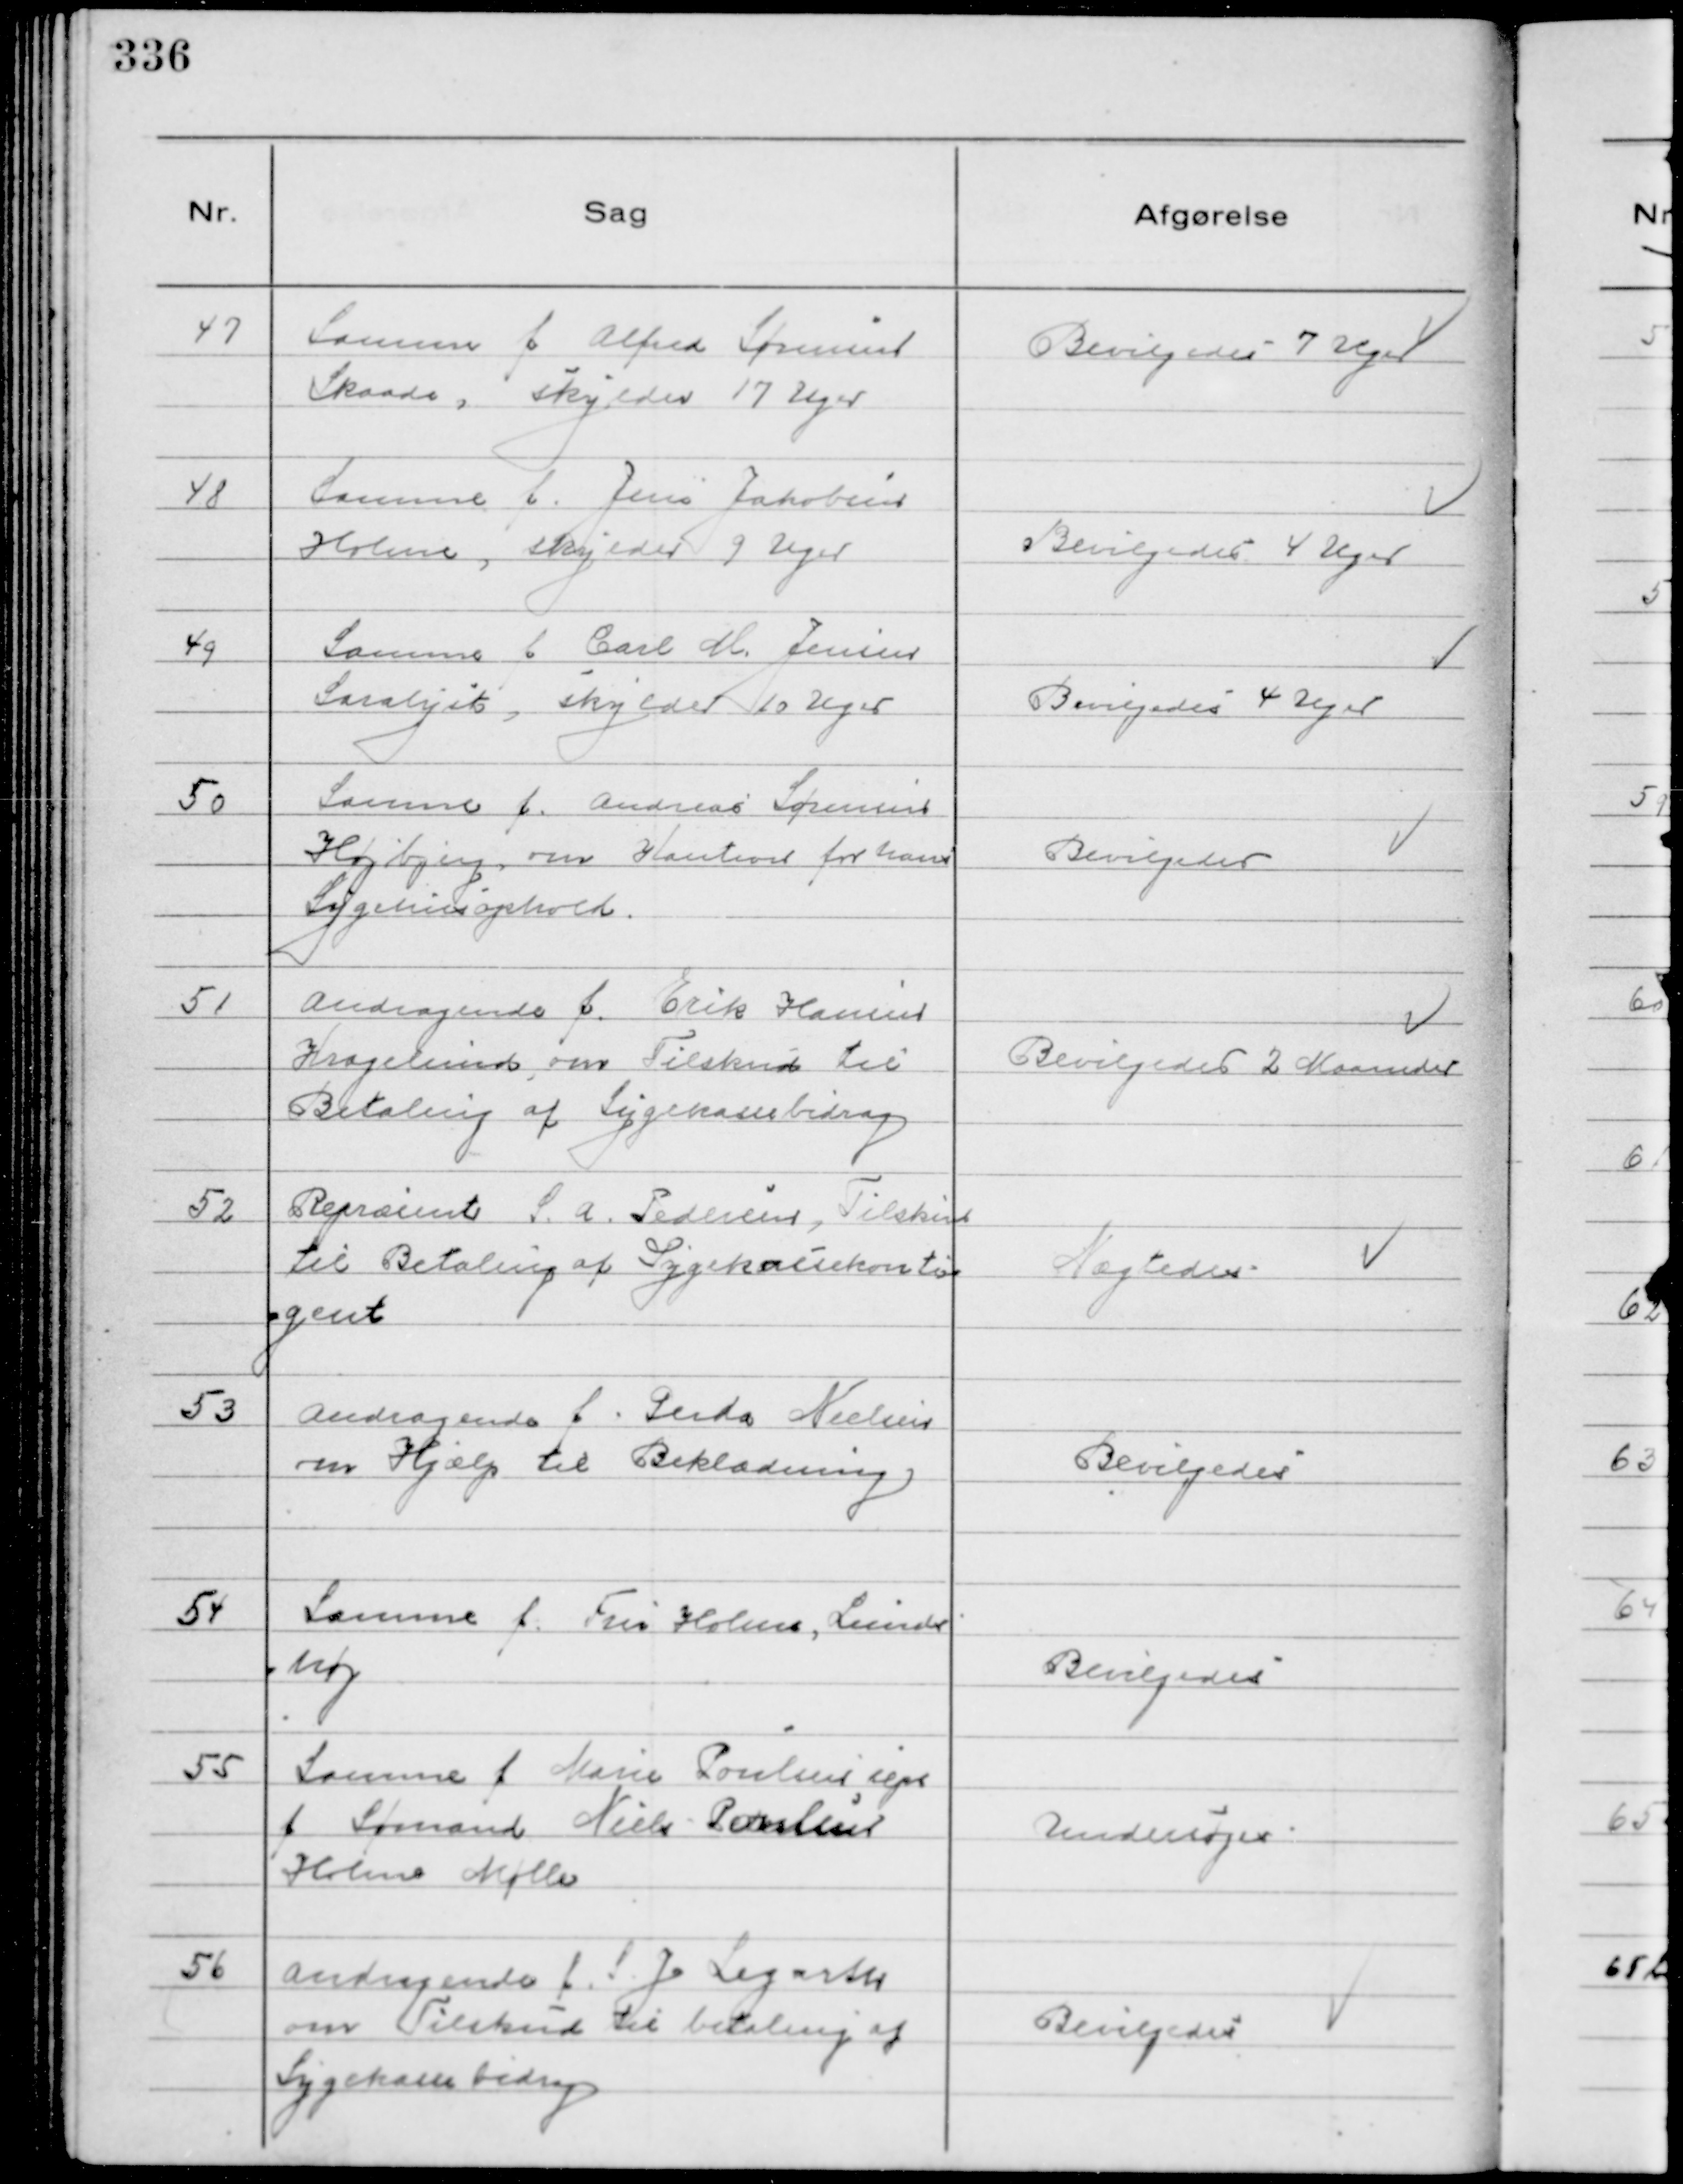
Transskription:
47
Samme f Alfred Sørensen
Skaade, skylder 17 Uger

Bevilgedes 7 Uger

48
Samme f. Jens Jakobsen
Holme, skylder 9 Uger

Bevilgedes 4 Uger

49
Samme f Carl M. Jensen
Saralyst, skylder 10 Uger

Bevilgedes 4 Uger

50
Samme f. Andreas Sørensen
Højbjerg, om Kaution for hans
Sygehusophold.

Bevilgedes

51
Andragende f. Erik Hansen
Kragelund, om Tilskud til
Betaling af Sygekassebidrag

Bevilgedes 2 Maaneder

52
Repræsent S. A. Pedersen, Tilskud
til Betaling af Sygekassekontin
gent

Nægtedes

53
Andragende f. Gerda Nielsen
om Hjælp til Beklædning

Bevilgedes

54
Samme f. Fru Holm, Lunds
høj

Bevilgedes

55
Samme f Marie Poulsen sep
f Sømand Niels Poulsen
Holme Mølle

Undersøges

56
Andragende f. S. J Legarth
om Tilskud til betaling af
Sygekassebidrag

Bevilgedes